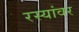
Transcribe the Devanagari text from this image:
रस्यांवर